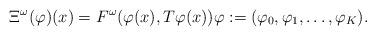
LaTeX: \begin{align*}\Xi^{\omega}(\varphi)(x)=F^{\omega}(\varphi(x),T\varphi(x)) \varphi:=(\varphi_0,\varphi_1,\dots,\varphi_K).\end{align*}